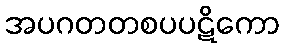
အပဂတတစပပဋိကော